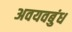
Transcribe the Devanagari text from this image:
अवयवबुंध